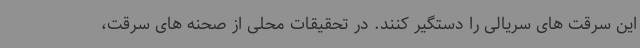
این سرقت های سریالی را دستگیر کنند. در تحقیقات محلی از صحنه های سرقت،